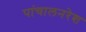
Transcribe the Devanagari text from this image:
पांचालनरेश